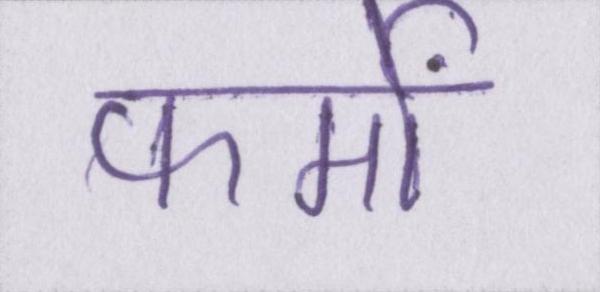
फर्मों